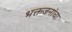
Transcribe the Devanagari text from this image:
भक्तजनांचा